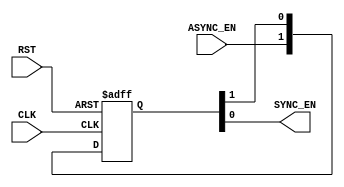
module DATA_SYNC_EN_SYNC #(
    parameter   NUM_STAGES  = 2
)(
    input   wire     CLK,
    input   wire     RST,
    input   wire     ASYNC_EN,
    output  wire     SYNC_EN
);

    reg [NUM_STAGES-1:0] sync_chain;
    always @(posedge CLK or negedge RST) begin
        if (~RST) begin
                sync_chain <= 'b0;
        end
        else begin
                sync_chain <= {ASYNC_EN, sync_chain[NUM_STAGES-1:1]};
        end
    end

    assign SYNC_EN = sync_chain[0];
endmodule